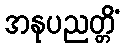
အနုပညတ္တိံ